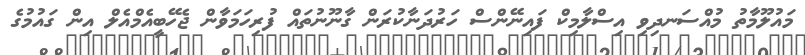
މައުލޫމާތު މުއްސަނދިވި އިސްލާމިކް ފައިނޭންސް ހަރުދަނާކުރަން ގާނޫނުތައް ފުރިހަމަވާން ޖެހޭބީއެމްއެލް އިން ގައުމުގެ